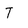
Character: T